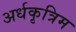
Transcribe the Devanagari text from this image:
अर्धकृत्रिम